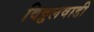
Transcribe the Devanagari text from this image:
विट्ठलवाडी